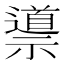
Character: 𱵯